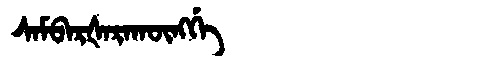
Manchu: ᠰᠠᠮᠪᠠᡵᡧᠠᡵᠠᡴᡡᠩᡤᡝ
Romanization: SAMBARŠARAKŪNGGE